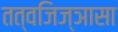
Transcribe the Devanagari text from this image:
तत्वजिज्ञासा